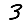
Digit: 3